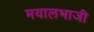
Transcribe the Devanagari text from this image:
मयालभाजी